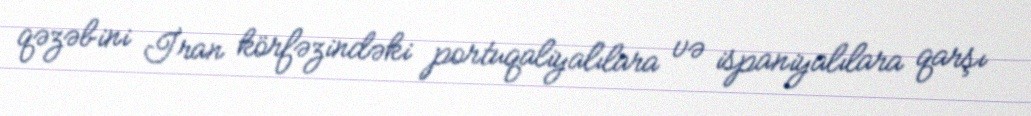
qəzəbini İran körfəzindəki portuqaliyalılara və ispaniyalılara qarşı